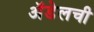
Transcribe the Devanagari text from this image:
अॅडेलची